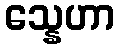
သ္နေဟာ